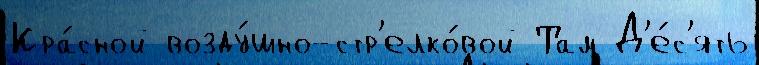
Кра́сной возду́шно-стр'елко́вой Там Д'е́с'ять